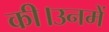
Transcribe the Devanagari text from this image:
की।उनमें